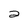
Character: 2